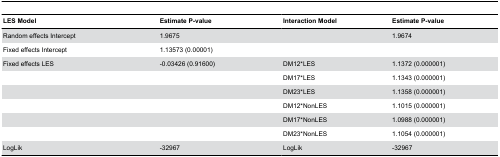
| LES Model | Estimate P-value | Interaction Model | Estimate P-value |
 | --- | --- | --- | --- |
 | Random effects Intercept | 1.9675 |  | 1.9674 |
 | Fixed effects Intercept | 1.13573 (0.00001) |  |  |
 | Fixed effects LES | -0.03426 (0.91600) | DM12*LES | 1.1372 (0.000001) |
 |  |  | DM17*LES | 1.1343 (0.000001) |
 |  |  | DM23*LES | 1.1358 (0.000001) |
 |  |  | DM12*NonLES | 1.1015 (0.000001) |
 |  |  | DM17*NonLES | 1.0988 (0.000001) |
 |  |  | DM23*NonLES | 1.1054 (0.000001) |
 | LogLik | -32967 | LogLik | -32967 |